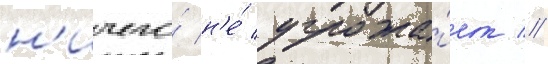
н'ичего́ н'е́ угрожа́ет //